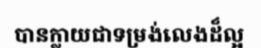
បានក្លាយជាទម្រង់លេងដ៏ល្អ